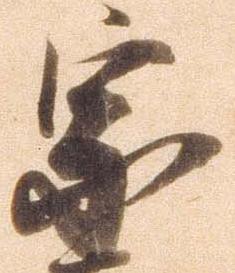
宗